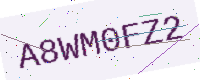
Text: A8WM0FZ2